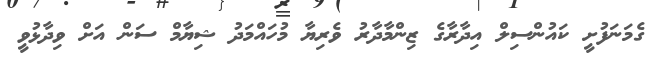
ގެމަނަފުށީ ކައުންސިލް އިދާރާގެ ޒިންމާދާރު ވެރިޔާ މުހައްމަދު ޝިޔާމް ސަން އަށް ވިދާޅުވީ